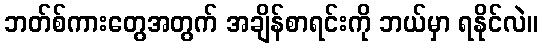
ဘတ်စ်ကားတွေအတွက် အချိန်စာရင်းကို ဘယ်မှာ ရနိုင်လဲ။